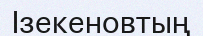
Ізекеновтың